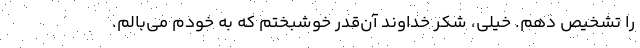
را تشخيص دهم. خيلي، شكر خداوند آن‌قدر خوشبختم كه به خودم مي‌بالم.